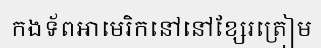
កងទ័ពអាមេរិកនៅនៅខ្សែរត្រៀម